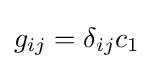
g_{ij}=\delta _{ij}c_{1}